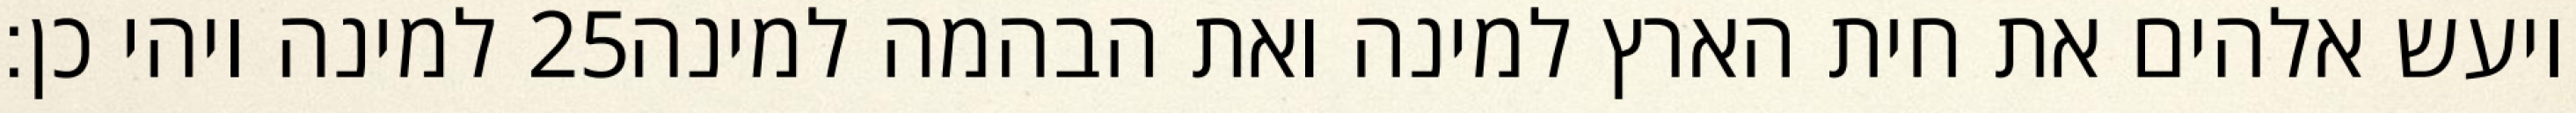
למינה ויהי כן׃ ‎25‏ ויעש אלהים את חית הארץ למינה ואת הבהמה למינה